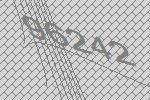
96242